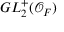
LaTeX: G L _ { 2 } ^ { + } ( { \mathcal { O } } _ { F } )